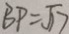
B P = \sqrt { 1 7 }